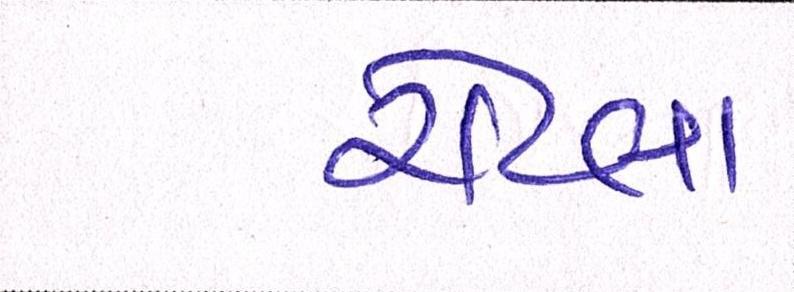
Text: રોટલા